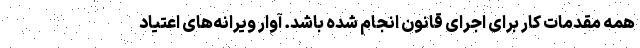
همه مقدمات کار برای اجرای قانون انجام شده باشد. آوار ویرانه‌های اعتیاد